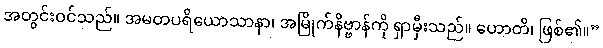
အတွင်းဝင်သည်။ အမတပရိယောသာနာ၊ အမြိုက်နိဗ္ဗာန်ကို ရှာမှီးသည်။ ဟောတိ၊ ဖြစ်၏။”